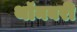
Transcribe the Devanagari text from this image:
थॉनबरी